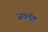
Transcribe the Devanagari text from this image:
जव्लंत